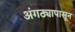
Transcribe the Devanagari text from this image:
अंगठ्यापासून